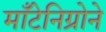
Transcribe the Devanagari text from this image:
माँटेनिग्रोने